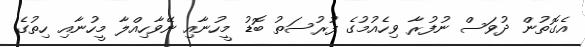
އެގޮތުން ދުވަސް ނުފުރާ ވިހެއުމުގެ ފުރުސަތު ބޮޑު މީހުނާއި ނޭވާހިއްލާ މީހުނާއި ހިތުގެ